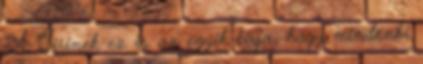
A Sirinek ez is az egyik baja, hogy mindenki